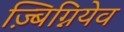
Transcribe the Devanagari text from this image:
ज़्बिग्नियेव